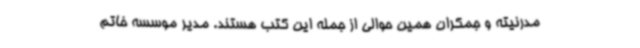
مدرنیته و جمکران همین حوالی از جمله این کتب هستند. مدیر موسسه خاتم